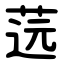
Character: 䓕